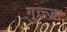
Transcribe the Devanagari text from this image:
गुज्ज्रा